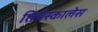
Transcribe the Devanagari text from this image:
तिमेस्कालेस